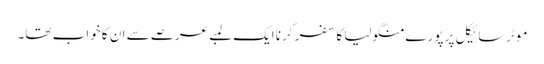
موٹرسائیکل پر پورے منگولیا کا سفر کرنا ایک لمبے عرصے سے ان کا خواب تھا۔